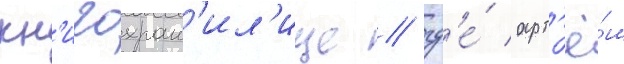
кн'игохран'ил'ище / гд'е́ арт'ё́м